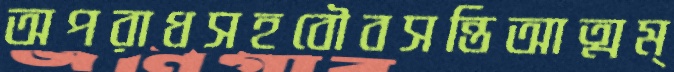
অপরাধসহবৌবসন্তিআত্মম্